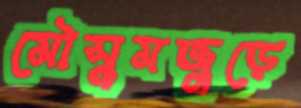
মৌসুমজুড়ে